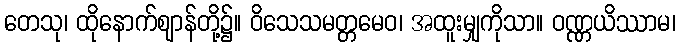
တေသု၊ ထိုနောက်ဈာန်တို့၌။ ဝိသေသမတ္တမေဝ၊ အထူးမျှကိုသာ။ ဝဏ္ဏယိဿာမ၊